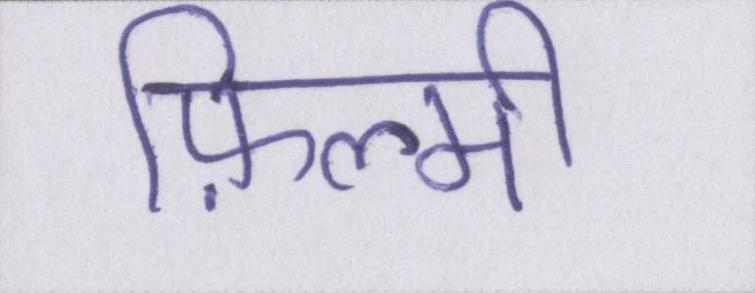
फ़िल्मी